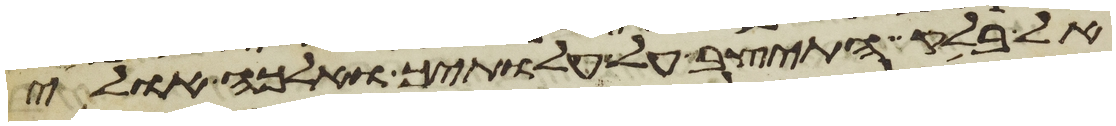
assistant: אל בלק התיצב על עלתיך ואלכה אולי